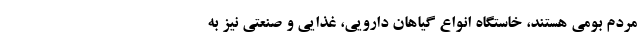
مردم بومی هستند، خاستگاه انواع گیاهان دارویی،‌ غذایی و صنعتی نیز به